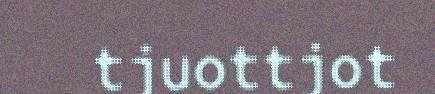
tjuottjot